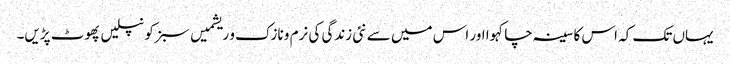
یہاں تک کہ اس کا سینہ چاکہوا اور اس میں سے نئی زندگی کی نرم و نازک و ریشمیں سبز کونپلیں پھوٹ پڑیں۔